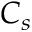
C _ { s }